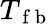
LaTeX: T_{\mathrm{~f~b~}}